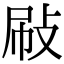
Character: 𢼞